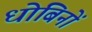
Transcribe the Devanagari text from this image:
धोबिनों